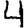
Digit: 4